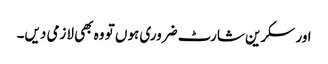
اور سکرین شارٹ ضروری ہوں تو وہ بھی لازمی دیں۔